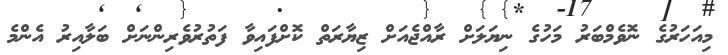
މިއަހަރުގެ ނޮވެމްބަރު މަހުގެ ނިޔަލަށް ރާއްޖެއަށް ޒިޔާރަތް ކޮށްފައިވާ ފަތުރުވެރިންނަށް ބަލާއިރު އެންމެ